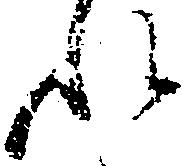
れ